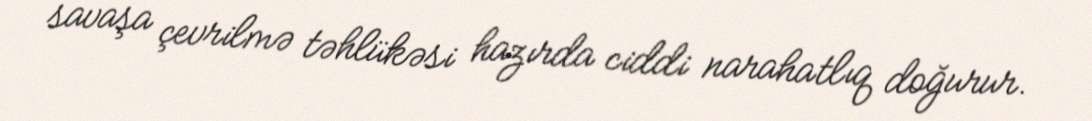
savaşa çevrilmə təhlükəsi hazırda ciddi narahatlıq doğurur.